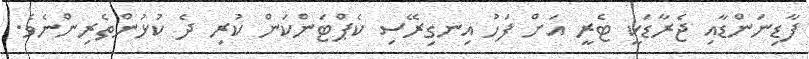
ފާޑިނަންޑާއި ޖެރާޑަކީ ޓެރީ އަށް ފަހު އިނގިރޭސި ކެޕްޓަންކަން ކުރި ދެ ކުޅުންތެރިންނެވެ.